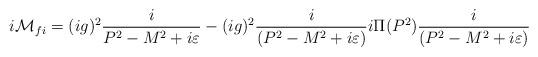
LaTeX: \begin{align*}i{\cal M}_{fi}=(ig)^2{i \over {P^2-M^2+i\varepsilon }}-(ig)^2{i \over{(P^2-M^2+i\varepsilon )}}i\Pi (P^2){i \over {(P^2-M^2+i\varepsilon)}}\end{align*}